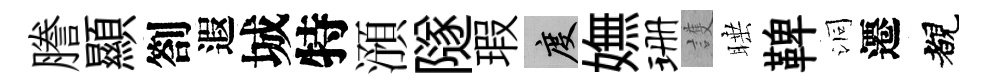
謄顯劄遐城特澦隧瑕度嫵珊護睡鞞洞遷覩